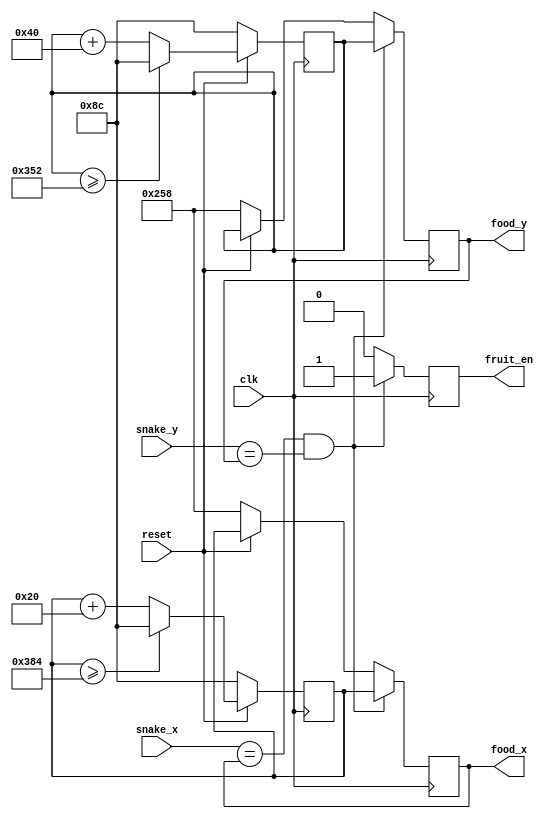
module fruit_datapath(clk, reset, snake_x, snake_y, food_x, food_y, fruit_en); //food_x_count, food_y_count
	//clk_9kHz
	input clk, reset;
	//input [11:0] food_x_count, food_y_count;
	input [11:0] snake_x, snake_y;

	//output [11:0] food_x, food_y;
	output fruit_en;
	output reg [11:0] food_x, food_y;

	reg fruit_en;
	reg [11:0] dist_snake_x, dist_snake_y;
	reg [11:0] rand_x, rand_y;
	
	always@(posedge clk)//9kHz
	begin
		if (reset == 1'b0)
			rand_x <= 12'd140;
		else
		begin
			if (rand_x >= 12'd900)
			rand_x <= 12'd140;
			else 
			rand_x <= rand_x + 12'd32;
		end
	end

	always@(posedge clk)//9kHz
	begin
		if (reset == 1'b0)
			rand_y <= 12'd140;
		else
		begin
			if (rand_y >= 12'd850)
			rand_y <= 12'd140;
			else 
			rand_y <= rand_y + 12'd64;
		end
	end

	always@(posedge clk) begin
		if (reset == 1'b0) 
		begin
			food_x <= 12'd600;
			food_y <= 12'd600;
		end
		else 
		begin
			food_x <= rand_x;
			food_y <= rand_y;
		end
	//end 

	//always@(posedge clk)
	//begin
		if (snake_x == food_x && snake_y == food_y)
		begin
			fruit_en <= 1'b1;
			food_x <= rand_x;
			food_y <= rand_y;	
		end
		else
		begin
			fruit_en <= 1'b0;
			//food_x <= rand_x;
			//food_y <= rand_y;
		end
	end
	
endmodule